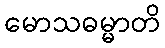
မောသဓမ္မာတိ